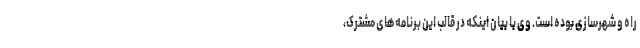
راه و شهرسازی بوده است. وی با بیان اینکه در قالب این برنامه‌های مشترک،